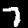
Digit: 7